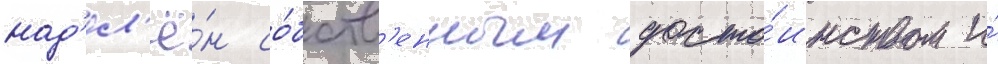
над'ел'ё́н со́бств'енным досто́инством и́